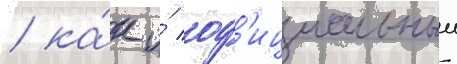
/ ка́к и́ оф'ициальныи